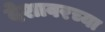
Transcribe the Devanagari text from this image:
देशावरच्या